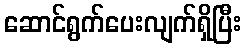
ဆောင်ရွက်ပေးလျက်ရှိပြီး